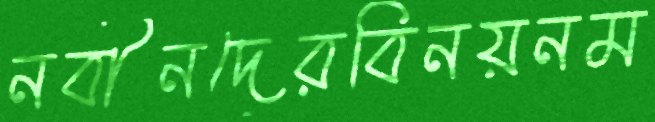
নবীনদেরবিনয়নম